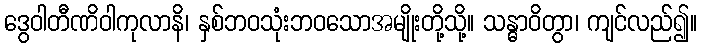
ဒွေဝါတီဏိဝါကုလာနိ၊ နှစ်ဘဝသုံးဘဝသောအမျိုးတို့သို့။ သန္ဓာဝိတွာ၊ ကျင်လည်၍။